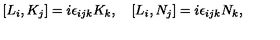
[ L _ { i } , K _ { j } ] = i \epsilon _ { i j k } K _ { k } , \quad [ L _ { i } , N _ { j } ] = i \epsilon _ { i j k } N _ { k } ,